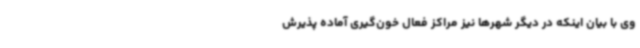
وی با بیان اینکه در دیگر شهرها نیز مراکز فعال خون‌گیری آماده پذیرش